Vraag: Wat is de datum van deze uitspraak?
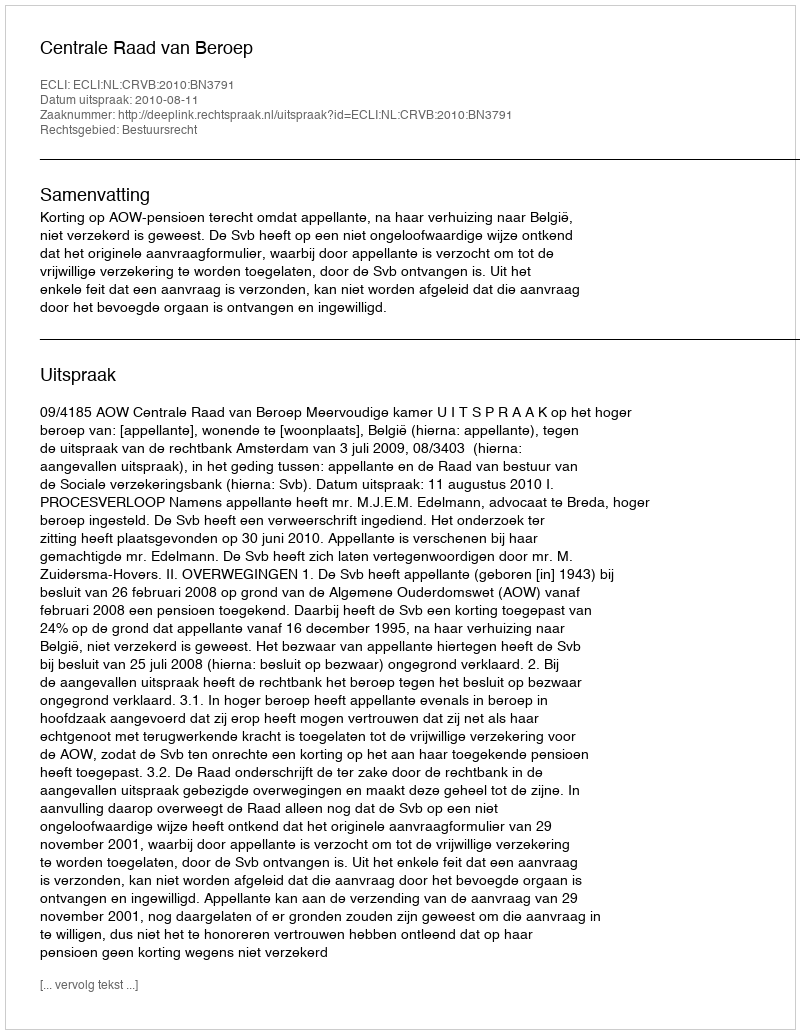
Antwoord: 2010-08-11